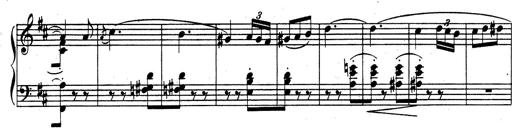
Title: Rhapsodie espagnole
Composer: Franz Liszt